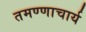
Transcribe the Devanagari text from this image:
तमण्णाचार्य